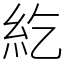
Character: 紇